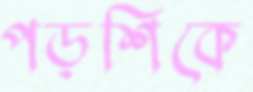
পড়শিকে